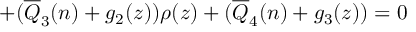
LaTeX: + ( \overline { { { Q } } } _ { 3 } ( n ) + g _ { 2 } ( z ) ) \rho ( z ) + ( \overline { { { Q } } } _ { 4 } ( n ) + g _ { 3 } ( z ) ) = 0